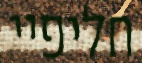
חליפיי